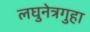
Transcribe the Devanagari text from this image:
लघुनेत्रगुहा